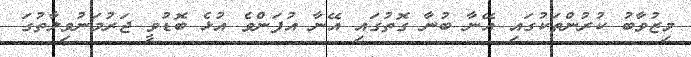
މިޒުވާބު ކުރުންތަކުގައި އޭނާ ބުނާ ގޮތުގައި އޭނާ އުފަންވެ އުޅެ ބޮޑުވީ ޖަރުމަނުވިލާތުގަ